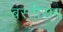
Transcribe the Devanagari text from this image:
बस्तीराम